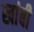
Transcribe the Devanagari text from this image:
खांबी